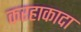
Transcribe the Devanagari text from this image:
करहाकादा